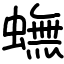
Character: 蟱